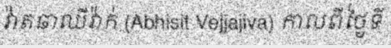
វ៉ាតឆាឈីវ៉ាក់ (Abhisit Vejjajiva) កាលពីថ្ងៃទី